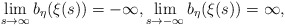
\begin{align*} \lim_{s\to \infty}b_\eta(\xi(s))=-\infty, \lim_{s\to -\infty}b_\eta(\xi(s))=\infty, \end{align*}